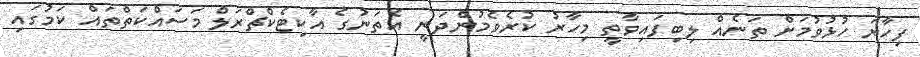
ފިހާރަ ހުޅުވުމަށް ތަނެއް ލިބިފައިވާތީ މިހާރު ކުރެވެމުންދަނީ އެތަނުގެ އާކިޓެކްޗްރަލް މަސައްކަތްތައް ކަމުގައި